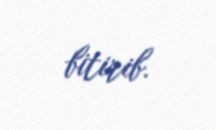
bitirib.